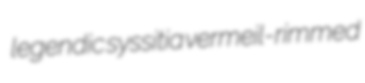
legendic syssitia vermeil-rimmed